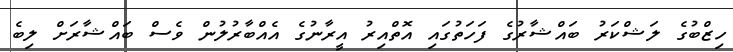
ހިޒްބުގެ ލަޝްކަރު ބައްޝާރުގެ ފަހަތުގައި އޮތްއިރު އީރާނުގެ އެއްބާރުލުން ވެސް ބައްޝާރަށް ލިބެ